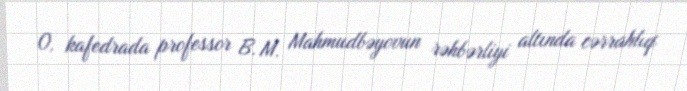
O, kafedrada professor B. M. Mahmudbəyovun rəhbərliyi altında cərrahlıq